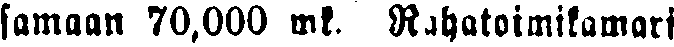
samaan 70,000 mk. Rahatoimikamari